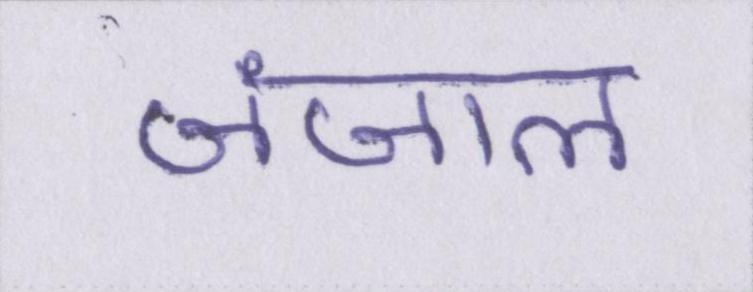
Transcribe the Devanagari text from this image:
जंजाल